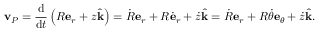
\mathbf { v } _ { P } = { \frac { \mathrm { d } } { { \mathrm { d } } t } } \left( R \mathbf { e } _ { r } + z { \hat { \mathbf { k } } } \right) = { \dot { R } } \mathbf { e } _ { r } + R { \dot { \mathbf { e } } } _ { r } + { \dot { z } } { \hat { \mathbf { k } } } = { \dot { R } } \mathbf { e } _ { r } + R { \dot { \theta } } \mathbf { e } _ { \theta } + { \dot { z } } { \hat { \mathbf { k } } } .